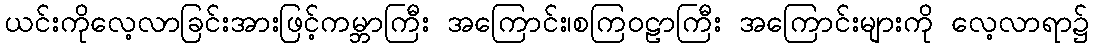
ယင်းကိုလေ့လာခြင်းအားဖြင့်ကမ္ဘာကြီး အကြောင်း၊စကြဝဠာကြီး အကြောင်းများကို လေ့လာရာ၌